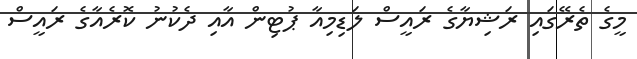
މީގެ ތެރޭގައި ރަޝިޔާގެ ރައީސް ލަޑިމިއާ ޕުޓިން އާއި ދެކުނު ކޮރެއާގެ ރައީސް